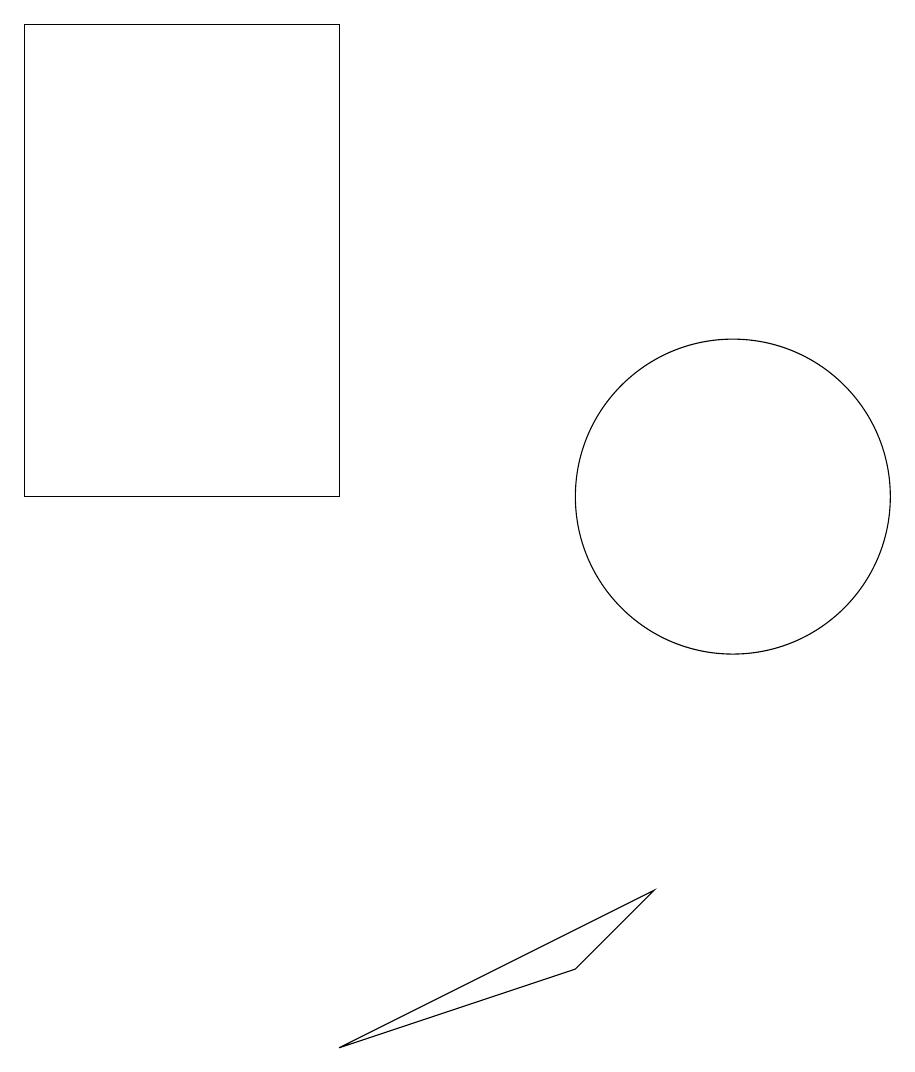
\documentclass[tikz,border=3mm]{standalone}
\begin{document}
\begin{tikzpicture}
\draw (9,7) -- (8,6) -- (5,5) -- cycle;
\draw (10,12) circle (2);
\draw (5,12) rectangle (1,18);
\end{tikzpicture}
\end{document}